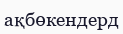
ақбөкендерд